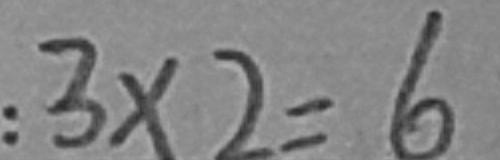
: 3 \times 2 = 6